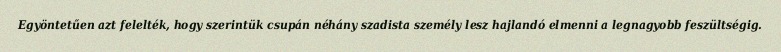
Egyöntetűen azt felelték, hogy szerintük csupán néhány szadista személy lesz hajlandó elmenni a legnagyobb feszültségig.